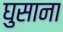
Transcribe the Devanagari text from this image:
घुसाना